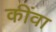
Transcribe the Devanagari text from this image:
कींवा